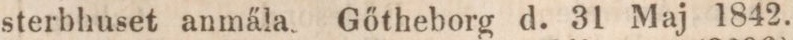
sterbhuset anmäla. Gőtheborg d. 31 Maj 1842.